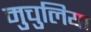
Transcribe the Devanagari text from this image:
मुचुलिया